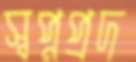
স্বপ্নপ্রদ